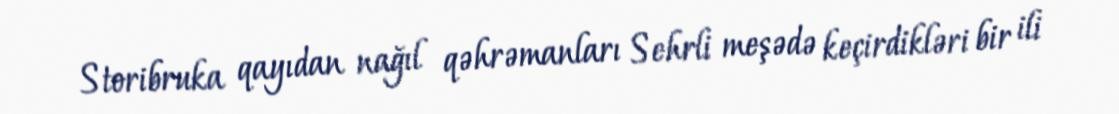
Storibruka qayıdan nağıl qəhrəmanları Sehrli meşədə keçirdikləri bir ili